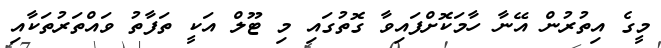
މީގެ އިތުރުން އޭނާ ހާމަކޮށްފައިވާ ގޮތުގައި މި ޓޫލް އަކީ ތަފާތު ވައްތަރުތަކާއި